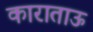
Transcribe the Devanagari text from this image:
काराताऊ